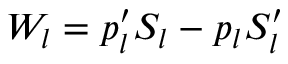
W _ { l } = p _ { l } ^ { \prime } S _ { l } - p _ { l } S _ { l } ^ { \prime }